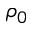
\rho _ { 0 }